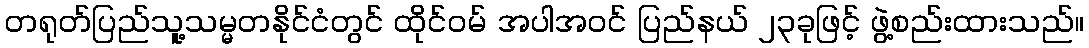
တရုတ်ပြည်သူ့သမ္မတနိုင်ငံတွင် ထိုင်ဝမ် အပါအဝင် ပြည်နယ် ၂၃ခုဖြင့် ဖွဲ့စည်းထားသည်။